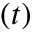
( t )